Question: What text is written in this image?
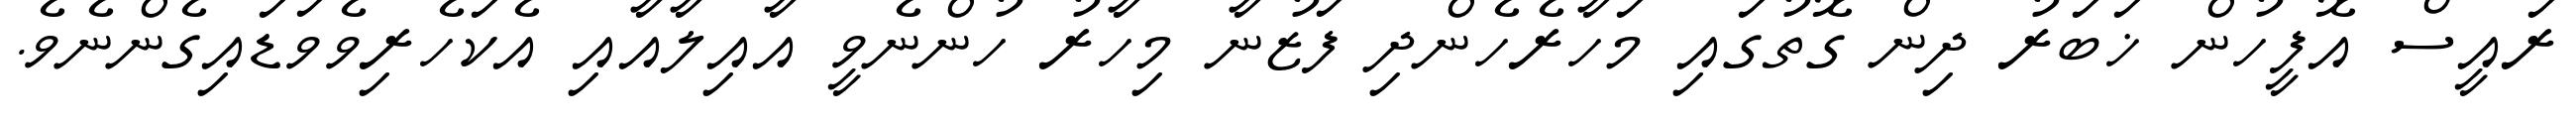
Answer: ރައީސް އޮފީހުން ޚަބަރު ދިން ގޮތުގައި މަހާރެހެންދި ފަޒުނާ މިހާރު ހުންނެވީ އާއިލާއާއި އެކަހެރިވެވަޑައިގެންނެވެ.